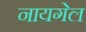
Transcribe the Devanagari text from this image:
नायगेल